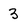
Character: 3